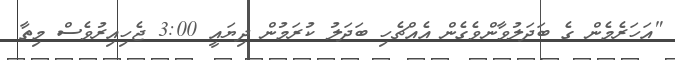
"އަހަރެމެން ގެ ބަދަލުވާންވެގެން އެއްޗެހި ބަދަލު ކުރަމުން ދިޔައީ 3:00 ޖެހިއިރުވެސް މިތާ